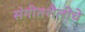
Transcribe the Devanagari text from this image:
संगीतशैलीचे